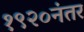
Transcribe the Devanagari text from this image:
१९२०नंतर